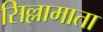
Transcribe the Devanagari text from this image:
सिल्लामाता